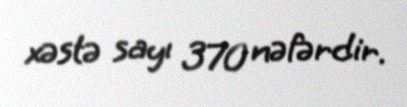
xəstə sayı 370 nəfərdir.